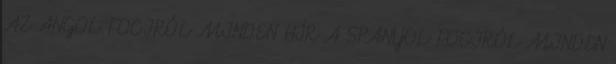
AZ ANGOL FOCIRÓL MINDEN HÍR A SPANYOL FOCIRÓL MINDEN